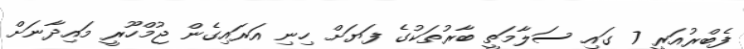
ފެބްރުއަރީ 7 ގައި ސަލާމަތީ ބާރުތަކުގެ ފަޔަށް ހިނި އަރައިގެން ޖުމްހޫރީ މައިދާނަށް